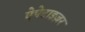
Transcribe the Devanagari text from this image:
ऐपेटाइज़र